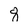
Character: 8